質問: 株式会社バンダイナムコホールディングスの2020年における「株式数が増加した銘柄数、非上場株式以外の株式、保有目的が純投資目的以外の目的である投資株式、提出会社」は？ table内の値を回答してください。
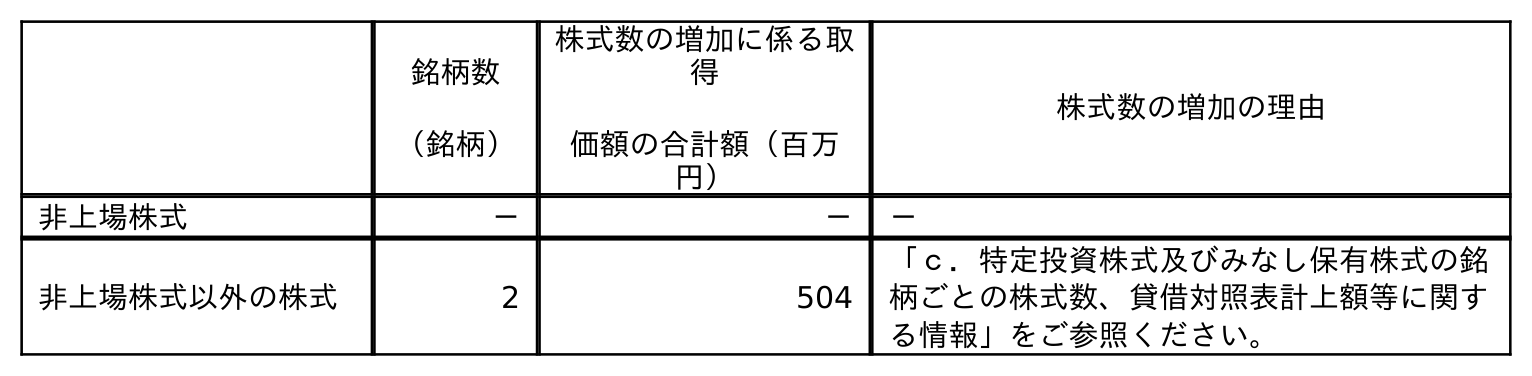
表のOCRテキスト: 銘柄数 （銘柄） 株式数の増加に係る取 得 価額の合計額（百万 円） 株式数の増加の理由 非上場株式 － － － 非上場株式以外の株式 2 504 「ｃ．特定投資株式及びみなし保有株式の銘 柄ごとの株式数、貸借対照表計上額等に関す る情報」をご参照ください。
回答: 2